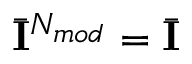
\bar { { \mathbf { I } } } ^ { N _ { m o d } } = \bar { { \mathbf { I } } }